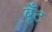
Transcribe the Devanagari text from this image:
बूँट